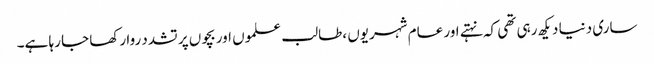
ساری دنیا دیکھ رہی تھی کہ نہتے اور عام شہریوں ،طالب علموں اور بچوں پر تشدد روا رکھا جا رہا ہے۔